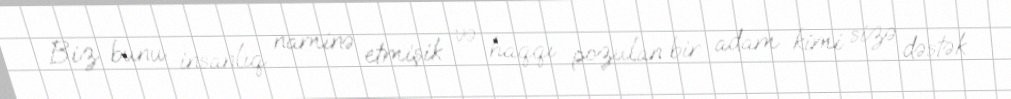
Biz bunu insanlıq naminə etmişik və haqqı pozulan bir adam kimi sizə dəstək